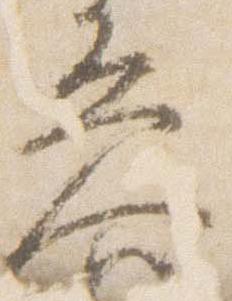
参